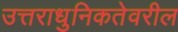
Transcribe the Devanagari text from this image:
उत्तराधुनिकतेवरील